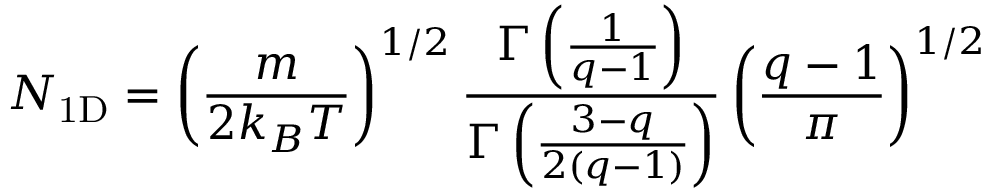
N _ { \mathrm { 1 D } } = \left( \frac { m } { 2 k _ { B } T } \right) ^ { 1 / 2 } \frac { \Gamma \left( \frac { 1 } { q - 1 } \right) } { \Gamma \left( \frac { 3 - q } { 2 \left( q - 1 \right) } \right) } \left( \frac { q - 1 } { \pi } \right) ^ { 1 / 2 }